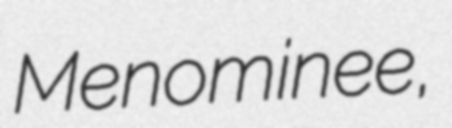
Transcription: Menominee,